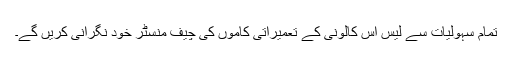
تمام سہولیات سے لیس اس کالونی کے تعمیراتی کاموں کی چیف منسٹر خود نگرانی کریں گے۔